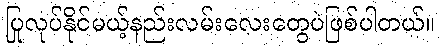
ပြုလုပ်နိုင်မယ့်နည်းလမ်းလေးတွေပဲဖြစ်ပါတယ်။